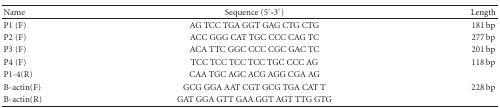
<table><thead><tr><td><b>Name</b></td><td><b>Sequence (5′-3′)</b></td><td><b>Length</b></td></tr></thead><tbody><tr><td>P1 (F)</td><td>AG TCC TGA GGT GAG CTG CTG</td><td>181 bp</td></tr><tr><td>P2 (F)</td><td>ACC GGG CAT TGC CCC CAG TC</td><td>277 bp</td></tr><tr><td>P3 (F)</td><td>ACA TTC GGC CCC CGC GAC TC</td><td>201 bp</td></tr><tr><td>P4 (F)</td><td>TCC TCC TCC TCC TGC CCC AG</td><td>118 bp</td></tr><tr><td>P1-4(R)</td><td>CAA TGC AGC ACG AGG CGA AG</td><td></td></tr><tr><td>B-actin(F)</td><td>GCG GGA AAT CGT GCG TGA CAT T</td><td>228 bp</td></tr><tr><td>B-actin(R)</td><td>GAT GGA GTT GAA GGT AGT TTG GTG</td><td></td></tr></tbody></table>